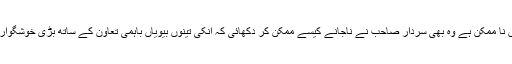
وہ بات جو دنیا کے کسی کونے میں نا ممکن ہے وہ بھی سردار صاحب نے ناجانے کیسے ممکن کر دکھائی کہ انکی تینوں بیویاں باہمی تعاون کے ساتھ بڑی خوشگوار اور مطمئن زندگی گزار رہی ہیں ۔